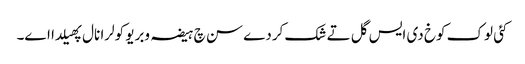
کئی لوک کوخ دی ایس گل تے شک کردے سن چ ہیضہ وبریو کولرا نال پھیلدا اے۔